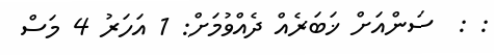
: :  ސަންއަށް ޚަބަރެއް ދެއްވުމަށް: 1 އަހަރު 4 މަސް